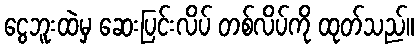
ငွေဘူးထဲမှ ဆေးပြင်းလိပ် တစ်လိပ်ကို ထုတ်သည်။